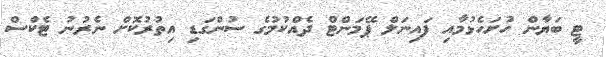
ޓީ ބަޔާން ހުށަހެޅުމާއި ފައިނަލް ޕޭމަންޓް ދެއްކުމުގެ ސުންގަޑި އިތުރުކޮށް ނެރުނު ޓެކްސް